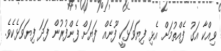
ވިއްކާ އަގު ފެއްތުމަށް އެޅި ފިޔަވަޅަކީ ފޫނެއް ފަޔަށް ފެންފުރުން ފަދަ ފިޔަވަޅެކެވެ.